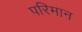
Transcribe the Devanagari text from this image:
परिमान